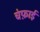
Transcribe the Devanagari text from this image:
चंफ़ाई